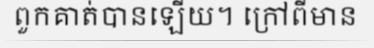
ពួកគាត់បានឡើយ។ ក្រៅពីមាន